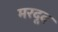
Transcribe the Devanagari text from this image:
मरदूद